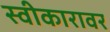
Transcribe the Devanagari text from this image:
स्वीकारावर